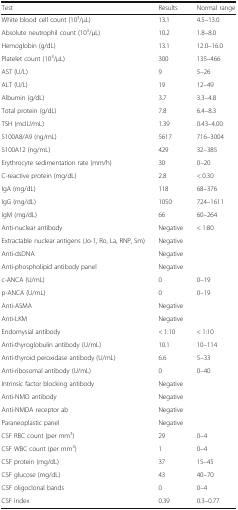
<table><thead><tr><td><b>Test</b></td><td><b>Results</b></td><td><b>Normal range</b></td></tr></thead><tbody><tr><td>White blood cell count (10<sup>3</sup>/μL)</td><td>13.1</td><td>4.5–13.0</td></tr><tr><td>Absolute neutrophil count (10<sup>3</sup>/μL)</td><td>10.2</td><td>1.8–8.0</td></tr><tr><td>Hemoglobin (g/dL)</td><td>13.1</td><td>12.0–16.0</td></tr><tr><td>Platelet count (10<sup>3</sup>/μL)</td><td>300</td><td>135–466</td></tr><tr><td>AST (U/L)</td><td>9</td><td>5–26</td></tr><tr><td>ALT (U/L)</td><td>19</td><td>12–49</td></tr><tr><td>Albumin (g/dL)</td><td>3.7</td><td>3.3–4.8</td></tr><tr><td>Total protein (g/dL)</td><td>7.8</td><td>6.4–8.3</td></tr><tr><td>TSH (mcIU/mL)</td><td>1.39</td><td>0.43–4.00</td></tr><tr><td>S100A8/A9 (ng/mL)</td><td>5617</td><td>716–3004</td></tr><tr><td>S100A12 (ng/mL)</td><td>429</td><td>32–385</td></tr><tr><td>Erythrocyte sedimentation rate (mm/h)</td><td>30</td><td>0–20</td></tr><tr><td>C-reactive protein (mg/dL)</td><td>2.8</td><td>&lt; 0.30</td></tr><tr><td>IgA (mg/dL)</td><td>118</td><td>68–376</td></tr><tr><td>IgG (mg/dL)</td><td>1050</td><td>724–1611</td></tr><tr><td>IgM (mg/dL)</td><td>66</td><td>60–264</td></tr><tr><td>Anti-nuclear antibody</td><td>Negative</td><td>&lt; 1:80</td></tr><tr><td>Extractable nuclear antigens (Jo-1, Ro, La, RNP, Sm)</td><td>Negative</td><td></td></tr><tr><td>Anti-dsDNA</td><td>Negative</td><td></td></tr><tr><td>Anti-phospholipid antibody panel</td><td>Negative</td><td></td></tr><tr><td>c-ANCA (U/mL)</td><td>0</td><td>0–19</td></tr><tr><td>p-ANCA (U/mL)</td><td>0</td><td>0–19</td></tr><tr><td>Anti-ASMA</td><td>Negative</td><td></td></tr><tr><td>Anti-LKM</td><td>Negative</td><td></td></tr><tr><td>Endomysial antibody</td><td>&lt; 1:10</td><td>&lt; 1:10</td></tr><tr><td>Anti-thyroglobulin antibody (U/mL)</td><td>10.1</td><td>10–114</td></tr><tr><td>Anti-thyroid peroxidase antibody (U/mL)</td><td>6.6</td><td>5–33</td></tr><tr><td>Anti-ribosomal antibody (U/mL)</td><td>0</td><td>0–40</td></tr><tr><td>Intrinsic factor blocking antibody</td><td>Negative</td><td></td></tr><tr><td>Anti-NMO antibody</td><td>Negative</td><td></td></tr><tr><td>Anti-NMDA receptor ab</td><td>Negative</td><td></td></tr><tr><td>Paraneoplastic panel</td><td>Negative</td><td></td></tr><tr><td>CSF RBC count (per mm<sup>3</sup>)</td><td>29</td><td>0–4</td></tr><tr><td>CSF WBC count (per mm<sup>3</sup>)</td><td>1</td><td>0–4</td></tr><tr><td>CSF protein (mg/dL)</td><td>37</td><td>15–45</td></tr><tr><td>CSF glucose (mg/dL)</td><td>43</td><td>40–70</td></tr><tr><td>CSF oligoclonal bands</td><td>0</td><td>0–4</td></tr><tr><td>CSF index</td><td>0.39</td><td>0.3–0.77</td></tr></tbody></table>